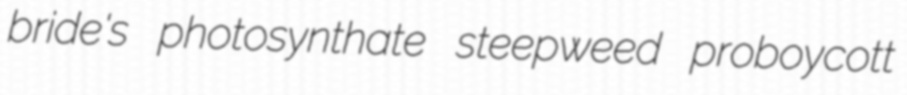
bride's photosynthate steepweed proboycott